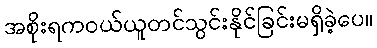
အစိုးရကဝယ်ယူတင်သွင်းနိုင်ခြင်းမရှိခဲ့ပေ။